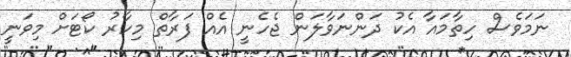
ނަމަވެސް ހިިތާމައާ އެކު ދަންނަވާލަން ޖެހެނީ އެއް ފަރާތް މިހާރު ކޯޓަށް މިވަނީ